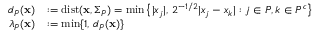
\begin{array} { r l } { d _ { P } ( \mathbf { x } ) } & { : = \mathrm { d i s t } ( \mathbf { x } , \Sigma _ { P } ) = \operatorname* { m i n } \big \{ | x _ { j } | , \, 2 ^ { - 1 / 2 } | x _ { j } - x _ { k } | : j \in P , k \in P ^ { c } \big \} } \\ { \lambda _ { P } ( \mathbf { x } ) } & { : = \operatorname* { m i n } \{ 1 , \, d _ { P } ( \mathbf { x } ) \} } \end{array}